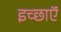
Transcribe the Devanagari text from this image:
इच्छाऍं